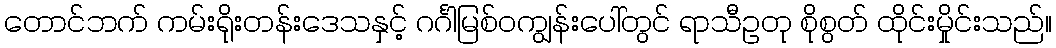
တောင်ဘက် ကမ်းရိုးတန်းဒေသနှင့် ဂင်္ဂါမြစ်ဝကျွန်းပေါ်တွင် ရာသီဥတု စိုစွတ် ထိုင်းမှိုင်းသည်။